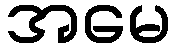
အမေ